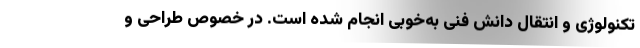
تکنولوژی و انتقال دانش فنی به‌خوبی انجام شده است. در خصوص طراحی و